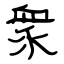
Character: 衆